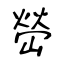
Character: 嵤